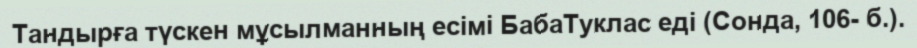
Тандырға түскен мұсылманның есімі БабаТуклас еді (Сонда, 106- б.).